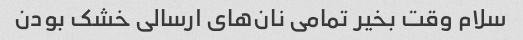
سلام وقت بخیر تمامی نان‌های ارسالی خشک بودن